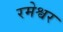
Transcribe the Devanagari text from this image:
रमेश्वर